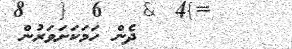
٦٧        ދެން ހަމަކަށަވަރުން